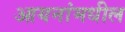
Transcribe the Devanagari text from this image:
आयनांमधील